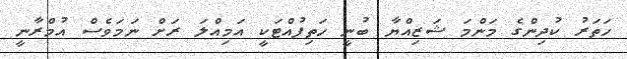
ހަތަރު ކުދިންގެ މަންމަ ޝަޒިއްޔާ ބުނީ ހަތިފުއްޓަކީ އަމިއްލަ ރަށް ނަމަވެސް އުމްރާނީ